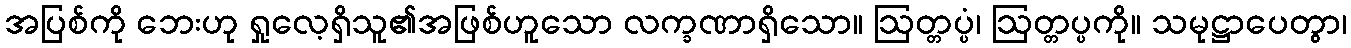
အပြစ်ကို ဘေးဟု ရှုလေ့ရှိသူ၏အဖြစ်ဟူသော လက္ခဏာရှိသော။ ဩတ္တပ္ပံ၊ ဩတ္တပ္ပကို။ သမုဋ္ဌာပေတွာ၊